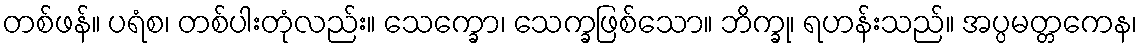
တစ်ဖန်။ ပရံစ၊ တစ်ပါးတုံလည်း။ သေက္ခော၊ သေက္ခဖြစ်သော။ ဘိက္ခု၊ ရဟန်းသည်။ အပ္ပမတ္တကေန၊